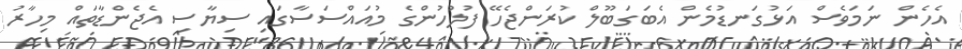
އެހެން ނަމަވެސް އަޅުގަނޑުމެން އެބަގަބޫލް ކުރަންޖެހޭ ފުލުހުންގެ މުއައްސަސާގައި ސިޔާސި އެޖެންޑާތައް މިހާރު